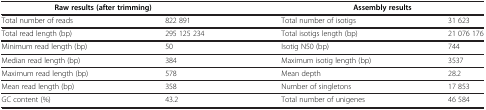
<table><thead><tr><td colspan="2"><b>Raw results (after trimming)</b></td><td colspan="2"><b>Assembly results</b></td></tr></thead><tbody><tr><td>Total number of reads</td><td>822 891</td><td>Total number of isotigs</td><td>31 623</td></tr><tr><td>Total read length (bp)</td><td>295 125 234</td><td>Total isotigs length (bp)</td><td>21 076 176</td></tr><tr><td>Minimum read length (bp)</td><td>50</td><td>Isotig N50 (bp)</td><td>744</td></tr><tr><td>Median read length (bp)</td><td>384</td><td>Maximum isotig length (bp)</td><td>3537</td></tr><tr><td>Maximum read length (bp)</td><td>578</td><td>Mean depth</td><td>28.2</td></tr><tr><td>Mean read length (bp)</td><td>358</td><td>Number of singletons</td><td>17 853</td></tr><tr><td>GC content (%)</td><td>43.2</td><td>Total number of unigenes</td><td>46 584</td></tr></tbody></table>